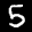
Label: 5